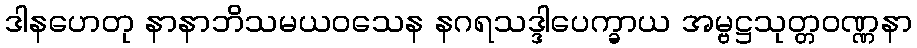
ဒါနဟေတု နာနာဘိသမယဝသေန နဂရသဒ္ဒါပေက္ခာယ အမ္ဗဋ္ဌသုတ္တဝဏ္ဏနာ